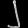
Digit: ၂